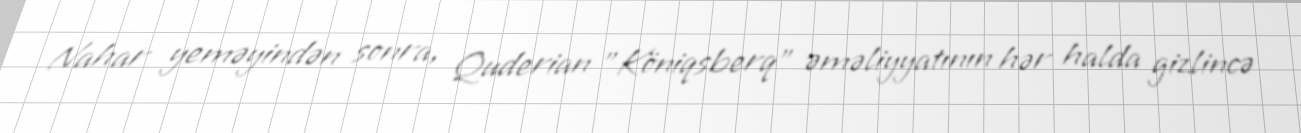
Nahar yeməyindən sonra, Quderian "Köniqsberq" əməliyyatının hər halda gizlincə